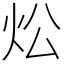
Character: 炂